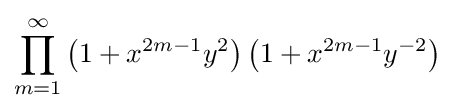
\prod _{m=1}^{\infty }\left(1+x^{2m-1}y^{2}\right)\left(1+x^{2m-1}y^{-2}\right)